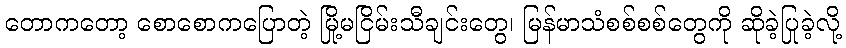
တောကတော့ စောစောကပြောတဲ့ မြို့မငြိမ်းသီချင်းတွေ၊ မြန်မာသံစစ်စစ်တွေကို ဆိုခဲ့ပြုခဲ့လို့